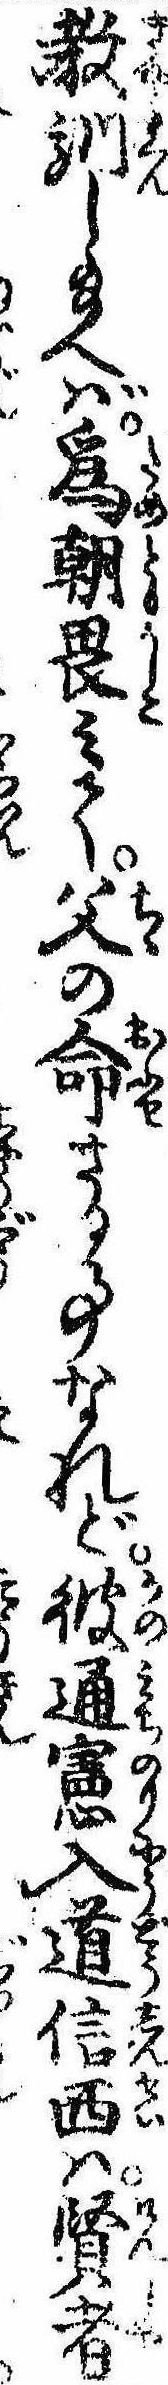
教訓し給へば為朝畏みて父の命さる事なれど彼通憲入道信西は賢者